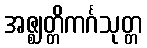
အဇ္ဈတ္တိကင်္ဂသုတ္တ